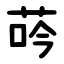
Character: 荶